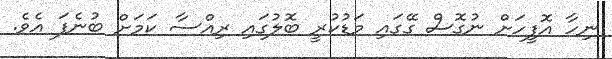
ނިހާ އޮފީހަށް ނުގޮސް ގޭގައި މަޑުކުރީ ބޮލުގައި ރިއްސާ ކަމަށް ބުނެފަ އެވެ.